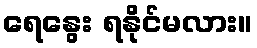
ရေနွေး ရနိုင်မလား။